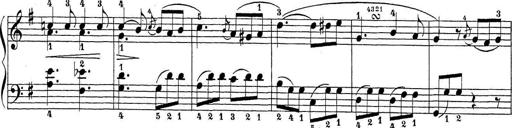
Title: Sonatina Album
Composer: Louis KÃ¶hler